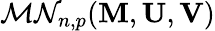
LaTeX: {\mathcal{MN}}_{n,p}(\mathbf{M},\mathbf{U},\mathbf{V})